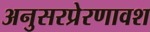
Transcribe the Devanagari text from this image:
अनुसरप्रेरणावश